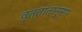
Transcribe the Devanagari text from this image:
वृत्तांतानुसार